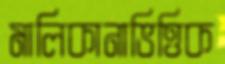
মালিকানাভিত্তিক